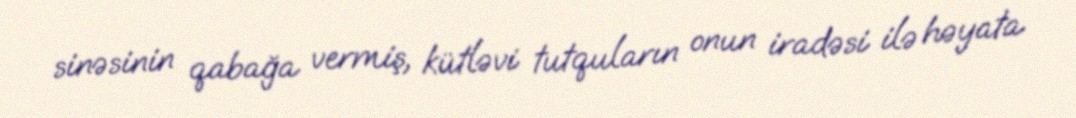
sinəsinin qabağa vermiş, kütləvi tutquların onun iradəsi ilə həyata